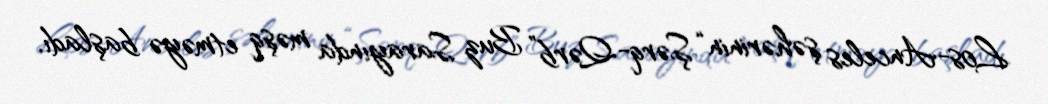
Los-Anceles şəhərinin “Şərq-Qərb” Buz Sarayında məşq etməyə başladı.